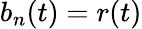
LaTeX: b_{n}(t)=r(t)